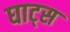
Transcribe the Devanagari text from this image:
घाट्स